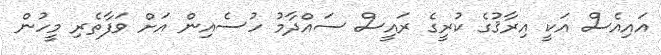
އައިއެސް އަކީ އިރާޤުގެ ކުރީގެ ރައީސް ސައްދާމު ހުސެއިން އަށް ވަފާތެރި މީހުން